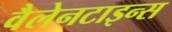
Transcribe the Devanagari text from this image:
वैलेनटाइन्स